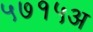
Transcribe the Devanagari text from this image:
५७१५अ